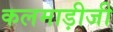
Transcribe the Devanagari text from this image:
कलमाड़ीजी